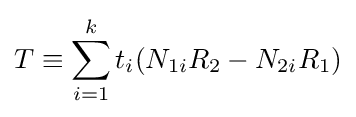
T\equiv \sum _{i=1}^{k}t_{i}(N_{1i}R_{2}-N_{2i}R_{1})